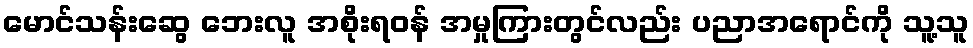
မောင်သန်းဆွေ ဘေးလူ အစိုးရဝန် အမှုကြားတွင်လည်း ပညာအရောင်ကို သူ့သူ